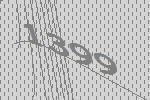
1399